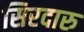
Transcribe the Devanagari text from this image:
सिरदारु